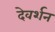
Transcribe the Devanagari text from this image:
देवर्शन